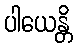
ပါယေန္တိ